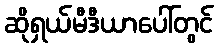
ဆိုရှယ်မီဒီယာပေါ်တွင်